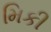
મિકી